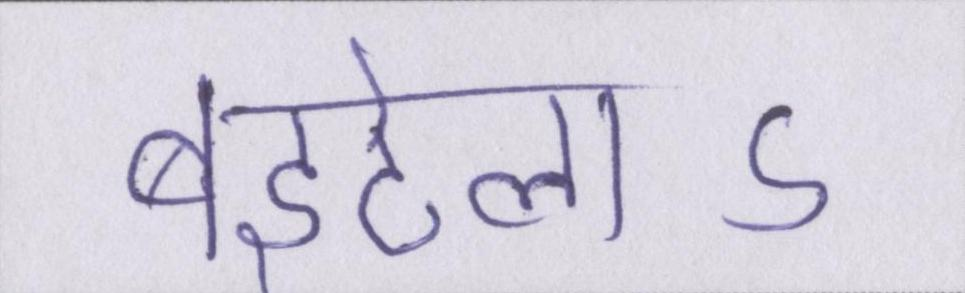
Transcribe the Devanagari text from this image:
बइठेलाऽ